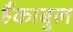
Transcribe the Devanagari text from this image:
हैंकाबुल